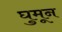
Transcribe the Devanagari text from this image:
घुमून